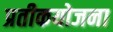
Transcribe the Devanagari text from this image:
प्रतीकयोजना